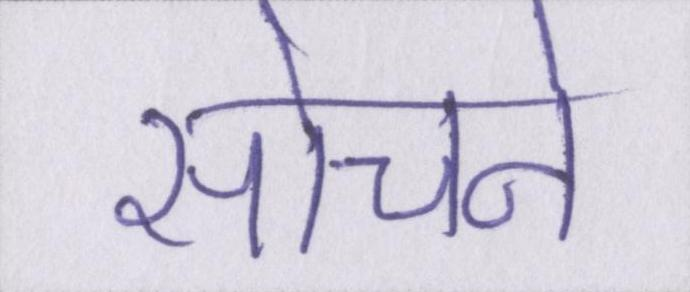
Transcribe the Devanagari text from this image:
सोचने